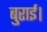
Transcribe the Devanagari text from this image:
बुराई।